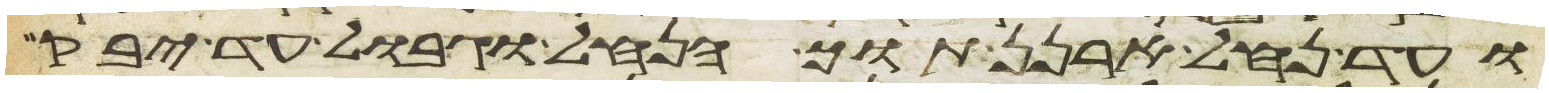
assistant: ועד נחל ארנן תוך הנחל וגבול עד יבק